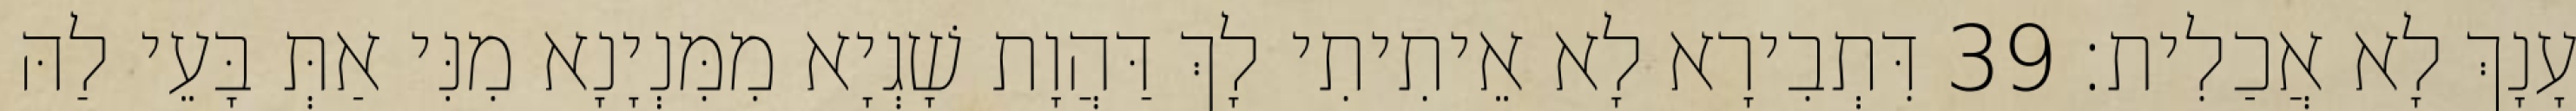
עָנָךְ לָא אֲכַלִית׃ 39 דִּתְבִירָא לָא אֵיתִיתִי לָךְ דַּהֲוָת שָׁגְיָא מִמִּנְיָנָא מִנִּי אַתְּ בָּעֵי לַהּ